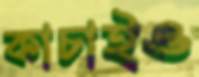
কাচাইও